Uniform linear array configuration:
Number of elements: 12
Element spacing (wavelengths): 0.25
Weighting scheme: kaiser
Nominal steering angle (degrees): -60
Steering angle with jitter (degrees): -59.308
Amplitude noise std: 0.05
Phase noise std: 0.05

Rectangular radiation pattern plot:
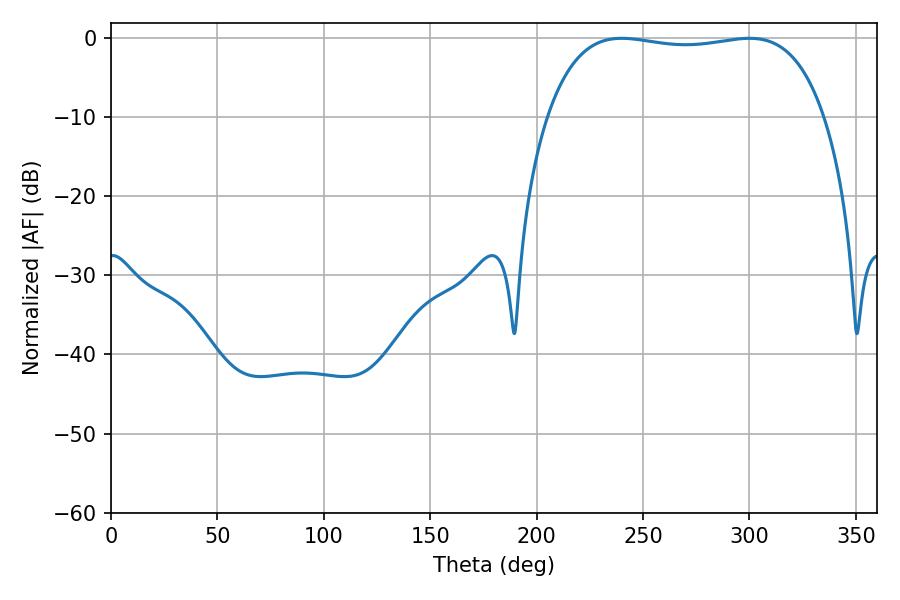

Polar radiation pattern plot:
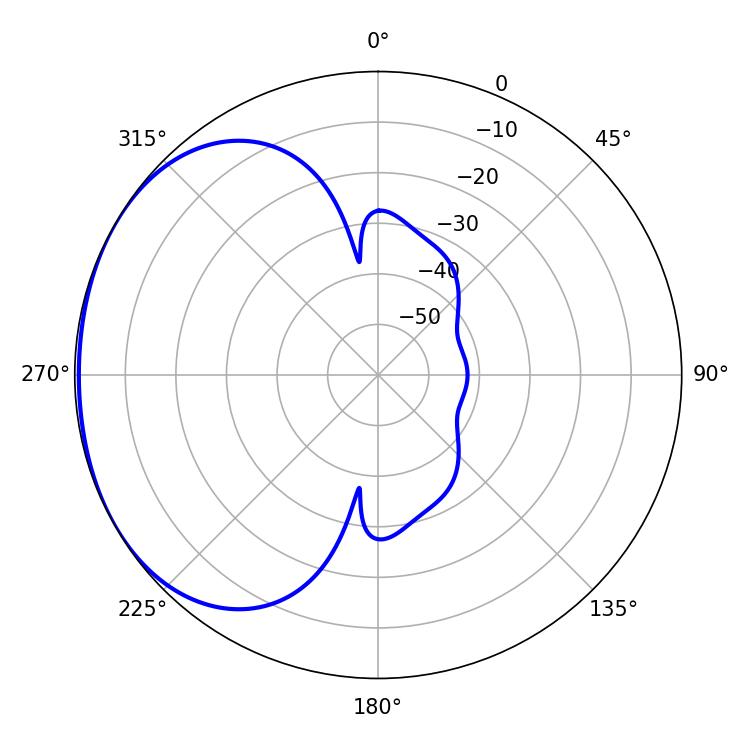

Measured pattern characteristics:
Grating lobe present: FALSE
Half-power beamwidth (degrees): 104.4
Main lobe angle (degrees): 300.06